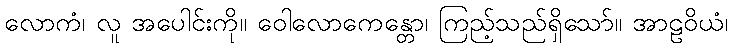
လောကံ၊ လူ အပေါင်းကို။ ဝေါလောကေန္တော၊ ကြည့်သည်ရှိသော်။ အာဠဝိယံ၊